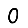
Digit: 0